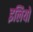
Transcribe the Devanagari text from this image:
इलियो